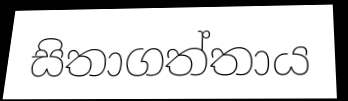
සිතාගත්තාය